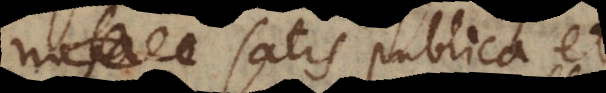
modo satis publica et